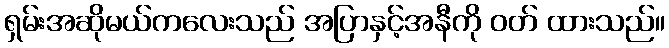
ရှမ်းအဆိုမယ်ကလေးသည် အပြာနှင့်အနီကို ဝတ် ထားသည်။